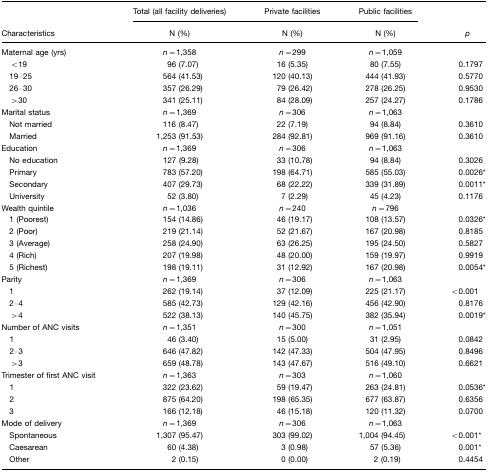
<table><thead><tr><td rowspan="2"></td><td><b>Total (all facility deliveries)</b></td><td><b>Private facilities</b></td><td><b>Public facilities</b></td><td rowspan="2"></td></tr><tr><td><b>Characteristics</b></td><td><b>N (%)</b></td><td><b>N (%)</b></td><td><b>N (%)</b></td><td><b><i>p</i></b></td></tr></thead><tbody><tr><td>Maternal age (yrs)</td><td><i>n</i>=1,358</td><td><i>n</i>=299</td><td><i>n</i>=1,059</td><td></td></tr><tr><td> &lt;19</td><td>96 (7.07)</td><td>16 (5.35)</td><td>80 (7.55)</td><td>0.1797</td></tr><tr><td> 19–25</td><td>564 (41.53)</td><td>120 (40.13)</td><td>444 (41.93)</td><td>0.5770</td></tr><tr><td> 26–30</td><td>357 (26.29)</td><td>79 (26.42)</td><td>278 (26.25)</td><td>0.9530</td></tr><tr><td> &gt;30</td><td>341 (25.11)</td><td>84 (28.09)</td><td>257 (24.27)</td><td>0.1786</td></tr><tr><td>Marital status</td><td><i>n</i>=1,369</td><td><i>n</i>=306</td><td><i>n</i>=1,063</td><td></td></tr><tr><td> Not married</td><td>116 (8.47)</td><td>22 (7.19)</td><td>94 (8.84)</td><td>0.3610</td></tr><tr><td> Married</td><td>1,253 (91.53)</td><td>284 (92.81)</td><td>969 (91.16)</td><td>0.3610</td></tr><tr><td>Education</td><td><i>n</i>=1,369</td><td><i>n</i>=306</td><td><i>n</i>=1,063</td><td></td></tr><tr><td> No education</td><td>127 (9.28)</td><td>33 (10.78)</td><td>94 (8.84)</td><td>0.3026</td></tr><tr><td> Primary</td><td>783 (57.20)</td><td>198 (64.71)</td><td>585 (55.03)</td><td>0.0026*</td></tr><tr><td> Secondary</td><td>407 (29.73)</td><td>68 (22.22)</td><td>339 (31.89)</td><td>0.0011*</td></tr><tr><td> University</td><td>52 (3.80)</td><td>7 (2.29)</td><td>45 (4.23)</td><td>0.1176</td></tr><tr><td>Wealth quintile</td><td><i>n</i>=1,036</td><td><i>n</i>=240</td><td><i>n</i>=796</td><td></td></tr><tr><td> 1 (Poorest)</td><td>154 (14.86)</td><td>46 (19.17)</td><td>108 (13.57)</td><td>0.0326*</td></tr><tr><td> 2 (Poor)</td><td>219 (21.14)</td><td>52 (21.67)</td><td>167 (20.98)</td><td>0.8185</td></tr><tr><td> 3 (Average)</td><td>258 (24.90)</td><td>63 (26.25)</td><td>195 (24.50)</td><td>0.5827</td></tr><tr><td> 4 (Rich)</td><td>207 (19.98)</td><td>48 (20.00)</td><td>159 (19.97)</td><td>0.9919</td></tr><tr><td> 5 (Richest)</td><td>198 (19.11)</td><td>31 (12.92)</td><td>167 (20.98)</td><td>0.0054*</td></tr><tr><td>Parity</td><td><i>n</i>=1,369</td><td><i>n</i>=306</td><td><i>n</i>=1,063</td><td></td></tr><tr><td> 1</td><td>262 (19.14)</td><td>37 (12.09)</td><td>225 (21.17)</td><td>&lt;0.001</td></tr><tr><td> 2–4</td><td>585 (42.73)</td><td>129 (42.16)</td><td>456 (42.90)</td><td>0.8176</td></tr><tr><td> &gt;4</td><td>522 (38.13)</td><td>140 (45.75)</td><td>382 (35.94)</td><td>0.0019*</td></tr><tr><td>Number of ANC visits</td><td><i>n</i>=1,351</td><td><i>n</i>=300</td><td><i>n</i>=1,051</td><td></td></tr><tr><td> 1</td><td>46 (3.40)</td><td>15 (5.00)</td><td>31 (2.95)</td><td>0.0842</td></tr><tr><td> 2–3</td><td>646 (47.82)</td><td>142 (47.33)</td><td>504 (47.95)</td><td>0.8496</td></tr><tr><td> &gt;3</td><td>659 (48.78)</td><td>143 (47.67)</td><td>516 (49.10)</td><td>0.6621</td></tr><tr><td>Trimester of first ANC visit</td><td><i>n</i>=1,363</td><td><i>n</i>=303</td><td><i>n</i>=1,060</td><td></td></tr><tr><td> 1</td><td>322 (23.62)</td><td>59 (19.47)</td><td>263 (24.81)</td><td>0.0536*</td></tr><tr><td> 2</td><td>875 (64.20)</td><td>198 (65.35)</td><td>677 (63.87)</td><td>0.6356</td></tr><tr><td> 3</td><td>166 (12.18)</td><td>46 (15.18)</td><td>120 (11.32)</td><td>0.0700</td></tr><tr><td>Mode of delivery</td><td><i>n</i>=1,369</td><td><i>n</i>=306</td><td><i>n</i>=1,063</td><td></td></tr><tr><td> Spontaneous</td><td>1,307 (95.47)</td><td>303 (99.02)</td><td>1,004 (94.45)</td><td>&lt;0.001*</td></tr><tr><td> Caesarean</td><td>60 (4.38)</td><td>3 (0.98)</td><td>57 (5.36)</td><td>0.001*</td></tr><tr><td> Other</td><td>2 (0.15)</td><td>0 (0.00)</td><td>2 (0.19)</td><td>0.4454</td></tr></tbody></table>